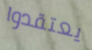
يعتقدوا